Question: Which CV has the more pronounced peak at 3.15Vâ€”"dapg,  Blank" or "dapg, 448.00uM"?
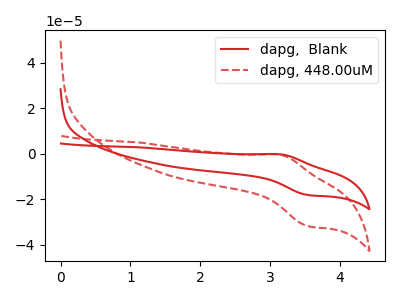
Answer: <think>The red curve "dapg,  Blank" has an anodic peak at (3.15V, -0.30uA) and a cathodic peak at (3.55V, -18.10uA). The red dashed curve "dapg, 448.00uM" has an anodic peak at (3.15V, -0.50uA) and a cathodic peak at (3.55V, -31.75uA).</think>
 <answer>The peak at 3.15V is higher in "dapg,  Blank" than in "dapg, 448.00uM".</answer>
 <eval>higher</eval>